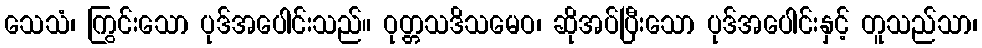
သေသံ၊ ကြွင်းသော ပုဒ်အပေါင်းသည်။ ဝုတ္တသဒိသမေဝ၊ ဆိုအပ်ပြီးသော ပုဒ်အပေါင်းနှင့် တူသည်သာ၊